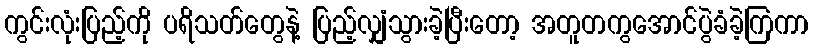
ကွင်းလုံးပြည့်ကို ပရိသတ်တွေနဲ့ ပြည့်လျှံသွားခဲ့ပြီးတော့ အတူတကွအောင်ပွဲခံခဲ့ကြကာ